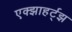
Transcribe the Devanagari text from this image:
एक्झाहर्ट्‌झ